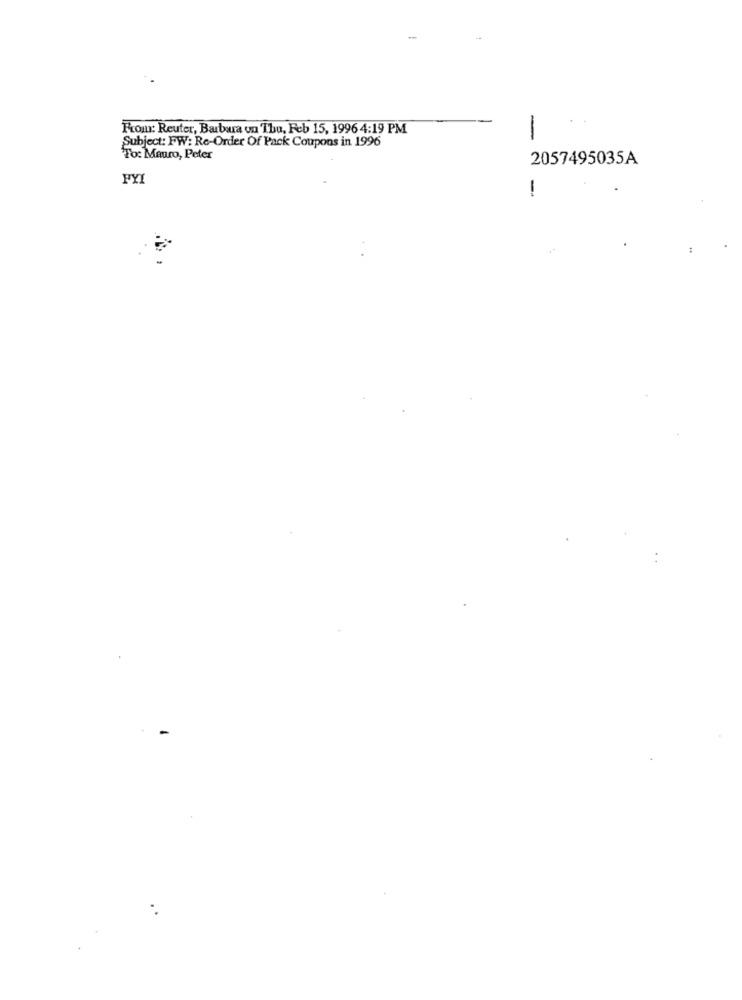
From: Reuter, Barbara on Thu, Feb 15, 1996 4:19 PM
Subject: FW: Re-Order Of Pack Coupons in 1996
-
To: Mauro, Peter
2057495035A
FYI
--